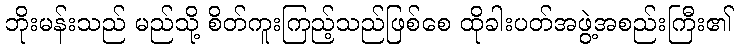
ဘိုးမန်းသည် မည်သို့ စိတ်ကူးကြည့်သည်ဖြစ်စေ ထိုခါးပတ်အဖွဲ့အစည်းကြီး၏